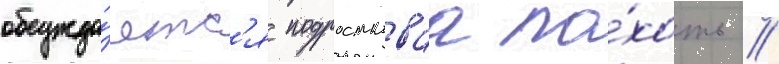
обсужда́етс'я подростковаа по́хоть //